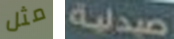
مثل صيدلية